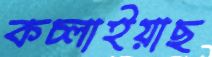
কচ্‌লাইয়াছ